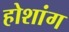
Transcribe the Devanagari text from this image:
होशांग